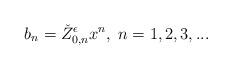
LaTeX: \begin{align*}b_n=\check{Z}_{0,n}^{\epsilon} x^n,\; n=1,2,3,... \end{align*}